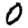
Digit: 0